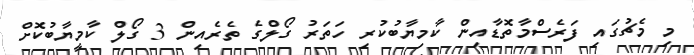
މި މެޗުގައި ފަރެސްމާތޮޑާއިން ކާމިޔާބުކުރި ހަތަރު ގޯލްގެ ތެރެއިން 3 ގޯލް ކާމީޔާބުކޮށް